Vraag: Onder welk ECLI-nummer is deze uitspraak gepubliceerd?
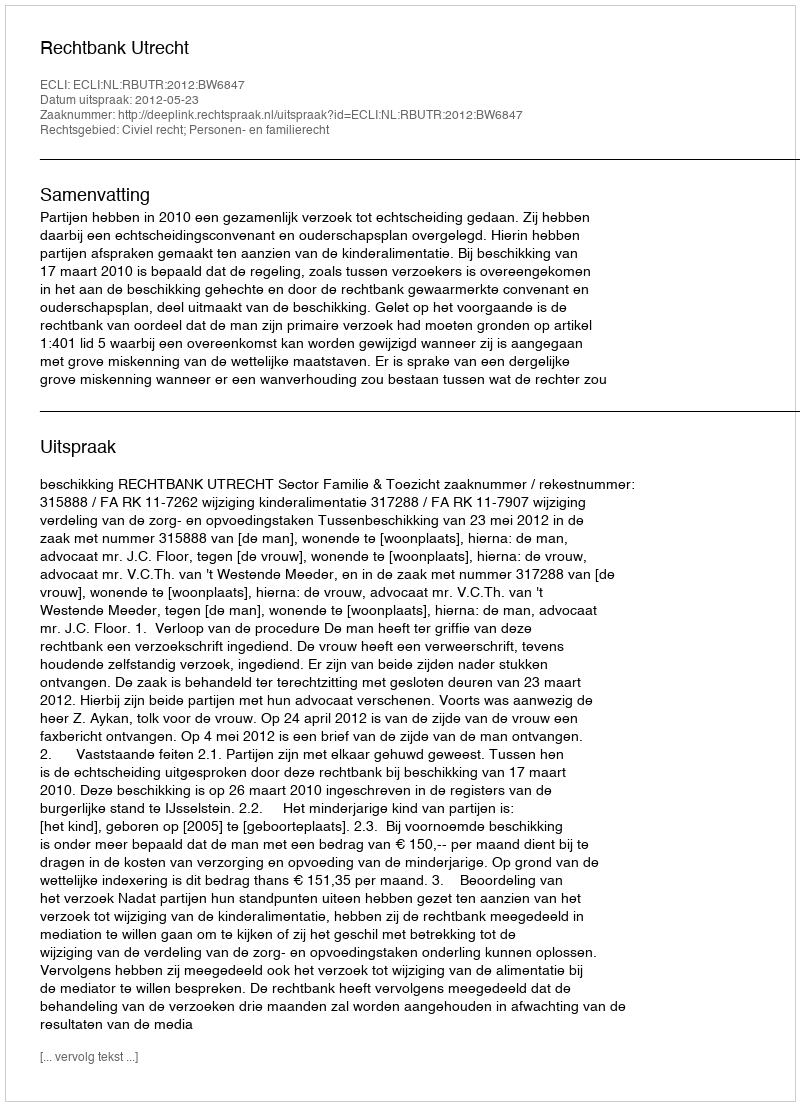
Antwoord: ECLI:NL:RBUTR:2012:BW6847